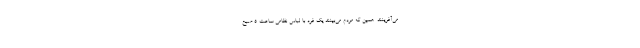
می‌آفرینند. همین که مردم می‌بینند یک فرد با لباس نظامی ساعت ۵ صبح